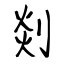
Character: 剡